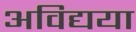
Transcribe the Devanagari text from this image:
अविद्यया